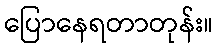
ပြောနေရတာတုန်း။